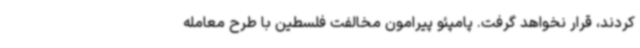
کردند، قرار نخواهد گرفت. پامپئو پیرامون مخالفت فلسطین با طرح معامله